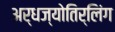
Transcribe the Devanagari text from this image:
अर्धज्योतिर्लिंग